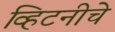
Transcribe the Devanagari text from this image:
व्हिटनीचे